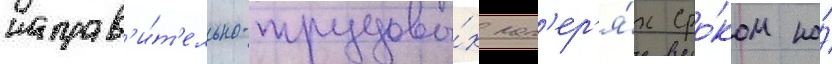
исправ'и́т'ельно-трудовы́х лаг'ер'я́х сро́ком на́